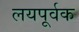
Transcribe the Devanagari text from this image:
लयपूर्वक